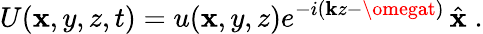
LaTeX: U(\mathbf{x},y,z,t)=u(\mathbf{x},y,z)e^{-i(\mathbf{k}z-\omegat)}\, {\hat{{\mathbf{{\mathbf{x}}}}}}\; .